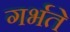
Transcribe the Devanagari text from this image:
गर्भते